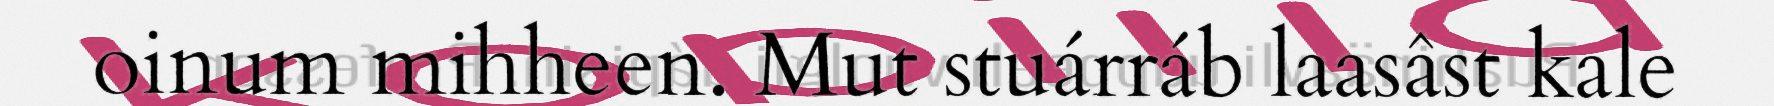
oinum mihheen. Mut stuárráb laasâst kale